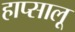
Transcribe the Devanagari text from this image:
हाप्सालू